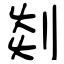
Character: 剡